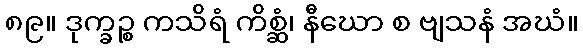
၈၉။ ဒုက္ခဉ္စ ကသိရံ ကိစ္ဆံ၊ နီဃော စ ဗျသနံ အဃံ။